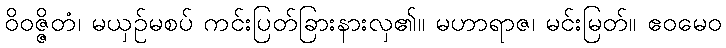
ဝိဝဇ္ဇိတံ၊ မယှဉ်မစပ် ကင်းပြတ်ခြားနားလှ၏။ မဟာရာဇ၊ မင်းမြတ်။ ဧဝမေဝ